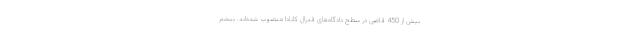
بیش از 450 قاضی در سطح دادگاه‌های فدرال کانادا منصوب شده‌اند. بیشتر